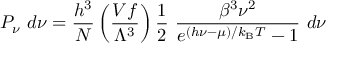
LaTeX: P _ { \nu } ~ d \nu = { \frac { h ^ { 3 } } { N } } \left( { \frac { V f } { \Lambda ^ { 3 } } } \right) { \frac { 1 } { 2 } } ~ { \frac { \beta ^ { 3 } \nu ^ { 2 } } { e ^ { ( h \nu - \mu ) / k _ { \mathrm { { B } } } T } - 1 } } ~ d \nu